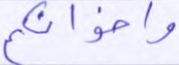
وإخوانكم